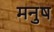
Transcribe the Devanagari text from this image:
मनुष